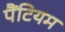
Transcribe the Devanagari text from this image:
पैंटियम